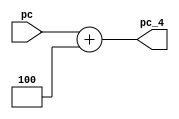
module pc_4 (pc, pc_4);

input [31:0] pc;
output [31:0] pc_4;
reg [31:0] pc_4=0;

always@(pc)
begin
pc_4 <= pc + 32'd4;
end

endmodule